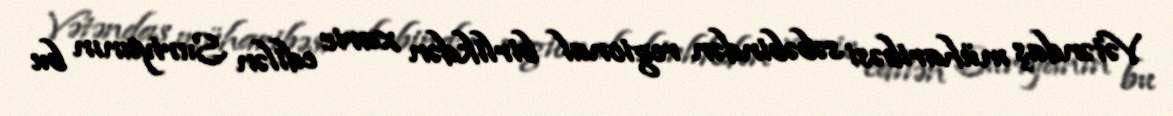
Vətəndaş müharibəsi səbəbindən regional birlikdən xaric edilən Suriyanın bu